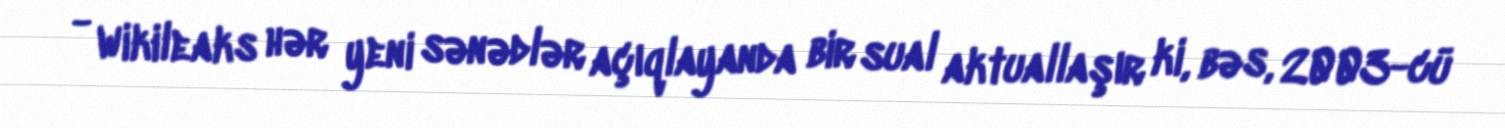
- Wikileaks hər yeni sənədlər açıqlayanda bir sual aktuallaşır ki, bəs, 2003-cü